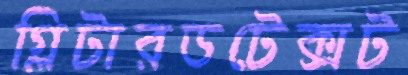
গ্লিটারডটেক্সট